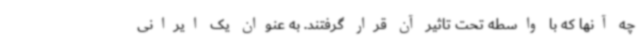
چه آنها که با واسطه تحت تاثیر آن قرار گرفتند. به عنوان یک ایرانی